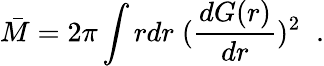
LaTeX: \bar{M}=2\pi\int rdr\; (\frac{dG(r)}{dr})^{2}\; \; .